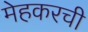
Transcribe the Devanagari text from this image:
मेहकरची